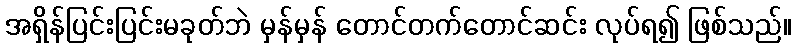
အရှိန်ပြင်းပြင်းမခုတ်ဘဲ မှန်မှန် တောင်တက်တောင်ဆင်း လုပ်ရ၍ ဖြစ်သည်။